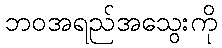
ဘဝအရည်အသွေးကို